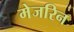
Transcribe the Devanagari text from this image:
मेजरिन